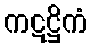
ကဋဋ္ဌိကံ